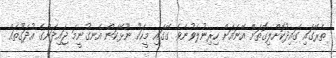
ތެރޭގައި ގައިދުކޮށްލިގޮތަށް އޭނައަށް ހިރިނުލެވުނެވެ. ގޭގައި މީހަކު ނޫޅޭކަން އެނގުނީމަ ޖައިދަންގެ އުދަގޫތައް